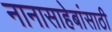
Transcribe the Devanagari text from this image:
नानासाहेबांसाठी